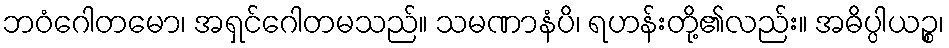
ဘဝံဂေါတမော၊ အရှင်ဂေါတမသည်။ သမဏာနံပိ၊ ရဟန်းတို့၏လည်း။ အဓိပ္ပါယဉ္စ၊